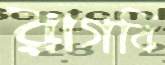
রাগবি